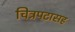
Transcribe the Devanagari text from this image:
चित्रपटासह